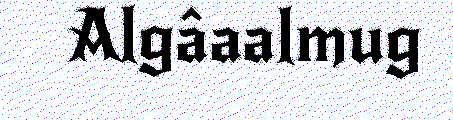
Algâaalmug